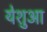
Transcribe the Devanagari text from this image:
येशुआ